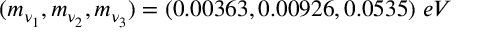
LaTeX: ( m _ { \nu _ { 1 } } , m _ { \nu _ { 2 } } , m _ { \nu _ { 3 } } ) = ( 0 . 0 0 3 6 3 , 0 . 0 0 9 2 6 , 0 . 0 5 3 5 ) \; e V